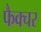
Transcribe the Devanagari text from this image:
फैक्चर